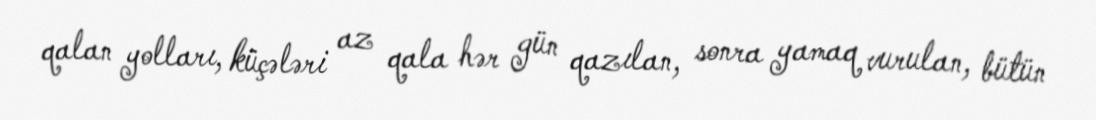
qalan yolları, küçələri az qala hər gün qazılan, sonra yamaq vurulan, bütün